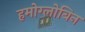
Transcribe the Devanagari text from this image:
हमोग्लोबिन